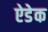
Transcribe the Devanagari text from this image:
ऐडेक